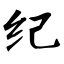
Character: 纪